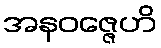
အနဝဇ္ဇေဟိ